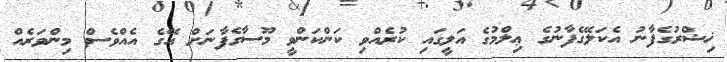
ޚިޟްރުގެފާނު އެކަލޭގެފާނުގެ ޢިލްމުގެ އަލީގައި ކުރެއްވި ކަންކަންވީ މޫސާގެފާނަށް އޭގެ އެއްވެސް މިންވަރެއް